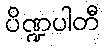
ပိဏ္ဍပါတီ